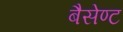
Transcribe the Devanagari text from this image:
बैसेण्ट